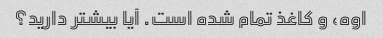
اوه، و کاغذ تمام شده است. آیا بیشتر دارید؟